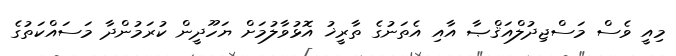
މިއީ ވެސް މަސްޖިދުލްއަޤްޞާ އާއި އެތަނުގެ ތާރީޚު އޮޅުވާލުމަށް ޔަހޫދީން ކުރަމުންދާ މަސައްކަތުގެ